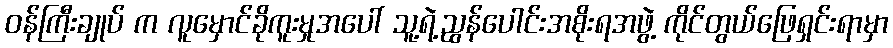
ဝန်ကြီးချုပ် က လူမှောင်ခိုကူးမှုအပေါ် သူ့ရဲ့ညွန်ပေါင်းအစိုးရအဖွဲ့ ကိုင်တွယ်ဖြေရှင်းရာမှာ